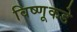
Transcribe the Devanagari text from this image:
विष्णूकडे